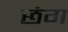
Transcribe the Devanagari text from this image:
छंग